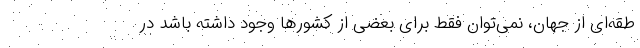
طقه‌ای از جهان، نمی‌توان فقط برای بعضی از کشورها وجود داشته باشد در